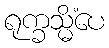
ရုက္ခသ္မိံပေ